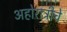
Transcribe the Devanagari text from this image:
अहोरात्रीचे